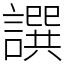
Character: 譔